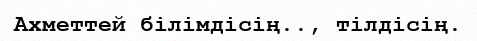
Ахметтей білімдісің.., тілдісің.